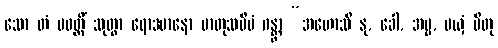
သော တံ ပဝတ္တိံ သုတွာ ရောဒမာနော မာတုသမီပံ ဂန္တွာ “အဟောသိ နု, ခေါ, အမ္မ, မယှံ ပိတု